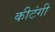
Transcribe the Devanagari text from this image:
कीटंगी